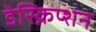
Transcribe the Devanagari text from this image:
डेस्क्रिप्शन